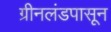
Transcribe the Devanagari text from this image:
ग्रीनलंडपासून